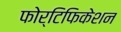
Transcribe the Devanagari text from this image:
फोर्टिफिकेशन